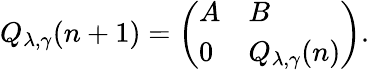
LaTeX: Q_{\lambda,\gamma}(n+1)=\left(\begin{array}{ll}{A}&{B}\\ {0}&{Q_{\lambda,\gamma}(n)}\end{array}\right).